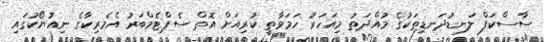
ސާސްކަފް ލަނޑުދަނޑިތަކުގެ މުއްދަތު މިއަހަރު ހަމަވާތީ ކުރިއަށް އޮތް ސެޕްޓެމްބަރު އެމެރިކާގެ ނިއުޔޯކުގައި